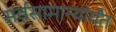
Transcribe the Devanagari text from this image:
सर्वसामान्यांर्यंत